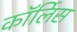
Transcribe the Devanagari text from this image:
कॉर्लिस